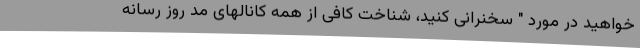
خواهید در مورد " سخنرانی کنید، شناخت کافی از همه کانالهای مد روز رسانه